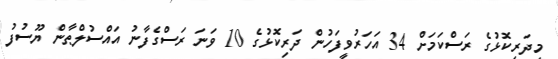
މިދަރިކޮޅުގެ ރަސްކަމަށް 34 އަހަރުވީފަހުން ދަރިކޮޅުގެ 10 ވަނަ ރަސްގެފާނު އައްސުލްޠާން ޔޫސުފު